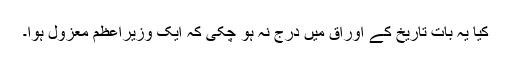
کیا یہ بات تاریخ کے اوراق میں درج نہ ہو چکی کہ ایک وزیراعظم معزول ہوا۔